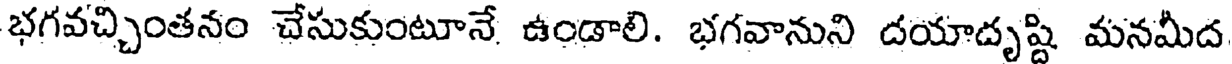
భగవచ్చింతనం చేసుకుంటూనే ఉండాలి. భగవానుని దయాదృష్టి మనమీద